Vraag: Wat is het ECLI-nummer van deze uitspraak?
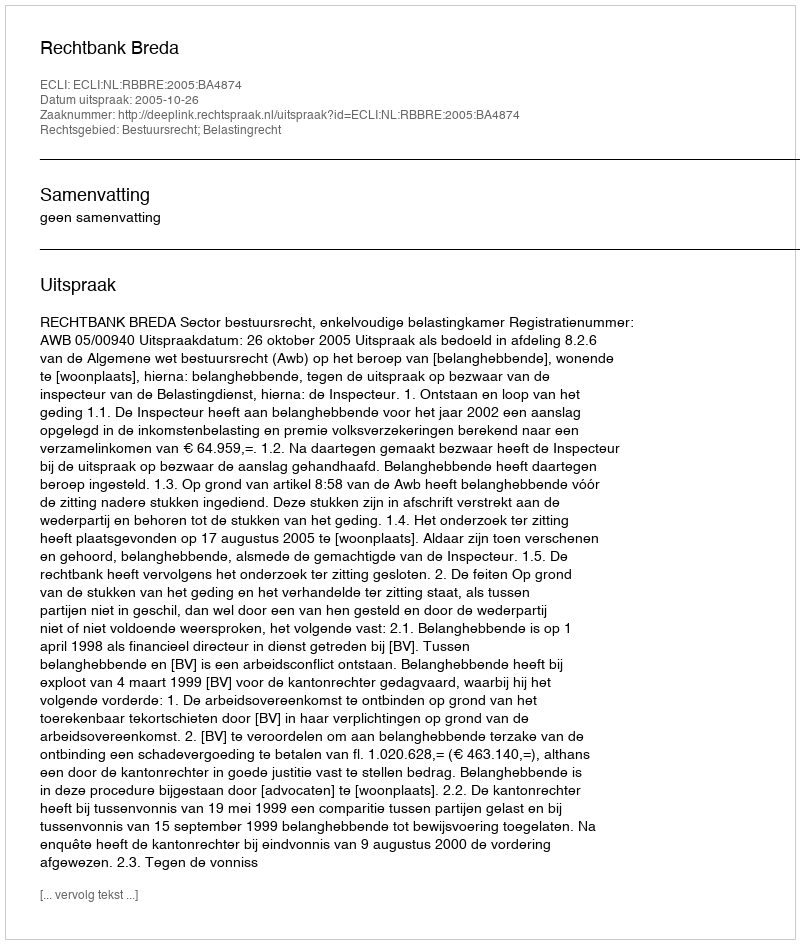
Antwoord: ECLI:NL:RBBRE:2005:BA4874